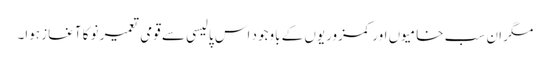
مگر ان سب خامیوں اور کمزوریوں کے باوجود اس پالیسی سے قومی تعمیر نو کا آغاز ہوا۔